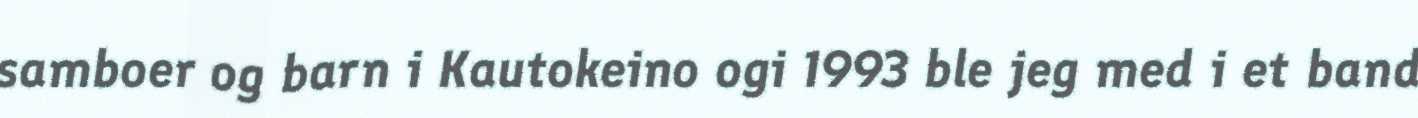
samboer og barn i Kautokeino ogi 1993 ble jeg med i et band